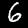
Label: 6